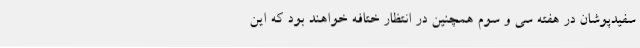
سفیدپوشان در هفته سی و سوم همچنین در انتظار ختافه خواهند بود که این